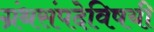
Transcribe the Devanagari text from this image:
ग्रंथसंपदेविषयी